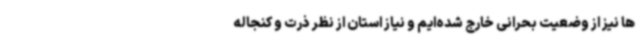
ها نیز از وضعیت بحرانی خارج شده‌ایم و نیاز استان از نظر ذرت و کنجاله